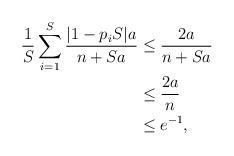
LaTeX: \begin{align*}\frac{1}{S} \sum_{i = 1}^S \frac{|1-p_i S|a }{n+Sa} & \leq \frac{2a}{n+Sa} \\& \leq \frac{2a}{n} \\& \leq e^{-1},\end{align*}